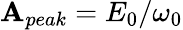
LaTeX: \mathbf{A}_{peak}=E_{0}/\omega_{0}